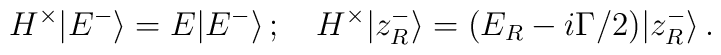
H^{\times}|E^{-}\rangle=E|E^{-}\rangle\,;\quad H^{\times}|z_{R}^{-}\rangle=(E_{R}-i\Gamma/2)|z_{R}^{-}\rangle\, .